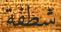
شطفة